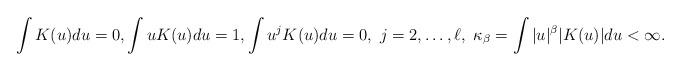
LaTeX: \begin{align*}\int K(u) du =0, \int u K(u) du =1, \int u^j K(u) du =0, \ j=2,\dots, \ell,~\kappa_\beta = \int |u|^{\beta} |K(u)| du<\infty.\end{align*}